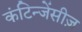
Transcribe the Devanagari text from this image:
कंटिन्जेंसीज़